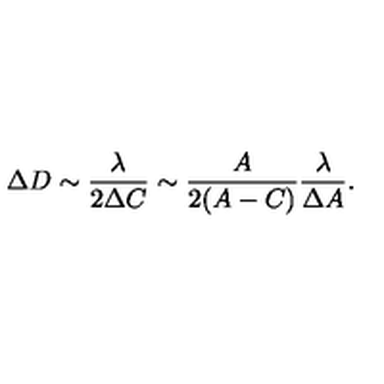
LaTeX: \Delta D \sim \frac { \lambda } { 2 \Delta C } \sim \frac { A } { 2 ( A - C ) } \frac { \lambda } { \Delta A } .